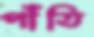
পাঁতি